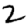
Digit: 2